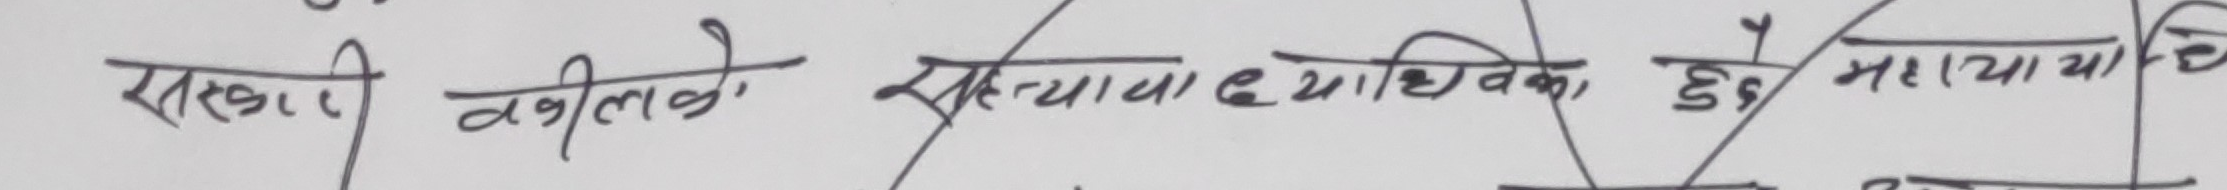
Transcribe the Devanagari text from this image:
सरकारी वकीलको संख्यामा अध्याधिक हुने भएमा पनि